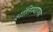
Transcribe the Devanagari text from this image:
शांतिस्थापक